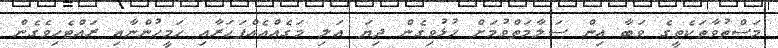
މަސްތުވާތަކެތީގެ ވަބާ އިން ސަލާމަތްވުމަށް ހުޅުވިގެން ދިޔަ އަލި މަގެއްއެއްފަހަރާއި ހަމީހުންނާއި ރައްޓެހިވެގެން